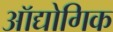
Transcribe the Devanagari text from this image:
ऑद्योगिक